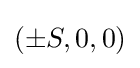
\left(\pm S,0,0\right)